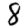
Digit: 8